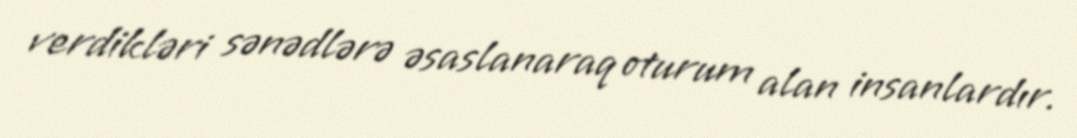
verdikləri sənədlərə əsaslanaraq oturum alan insanlardır.